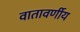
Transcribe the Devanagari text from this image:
वातावर्णीय